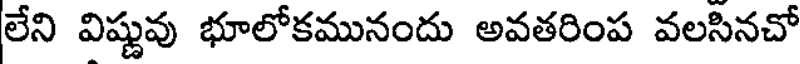
లేని విష్ణువు భూలోకమునందు అవతరింప వలసినచో